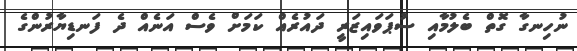
ނުހިނގާ ގޮތް ބެލުމާއި ސުޕަވައިޒަރީ ދައުރެއް ކަމަށް ވެސް އަނެއް ދެ ފަނޑިޔާރުންގެ